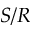
S / R